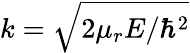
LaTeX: k=\sqrt{2\mu_{r}E/\hbar^{2}}